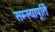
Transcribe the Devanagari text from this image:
सम्स्यापूर्ति